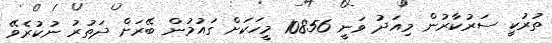
ތުރުކީ ސަރުކާރުން މިއަދު ވަނީ 10856 މީހަކަށް ގައުމުން ބޭރަށް ދަތުރު ނުކުރެވޭ